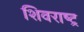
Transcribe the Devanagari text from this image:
शिवराष्ट्र